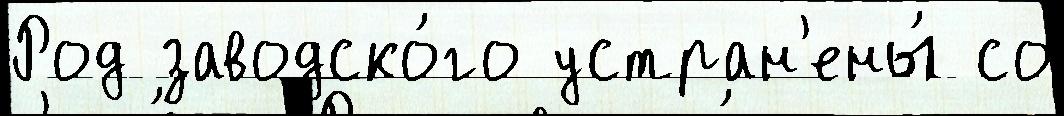
Род заводско́го устран'ены́ со